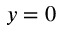
y = 0